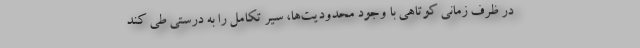
در ظرف زمانی کوتاهی با وجود محدودیت‌ها، سیر تکامل را به درستی طی کند